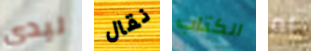
ليدي نقال الكتاب لم